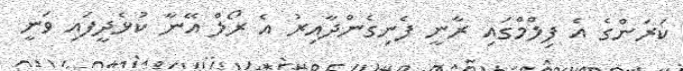
ކަރަންގެ އެ ފިލްމްގައި ރާނީ ފެނިގެންދާއިރު އެ ރޯލް އޭނާ ކުޅެދީފައި ވަނީ